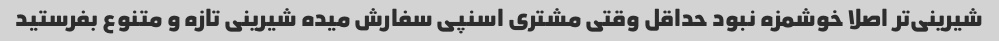
شیرینی‌تر اصلا خوشمزه نبود حداقل وقتی مشتری اسنپی سفارش میده شیرینی تازه و متنوع بفرستید